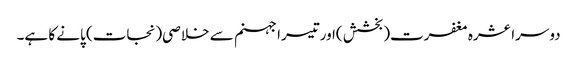
دوسرا عشرہ مغفرت( بخشش )اورتیسرا جہنم سے خلاصی(نجات) پانے کا ہے۔